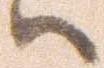
ハ